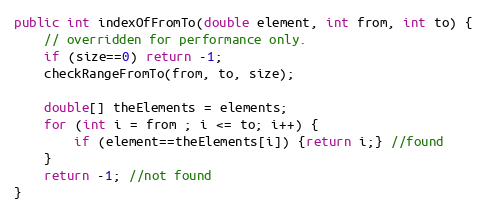
Language: Java
public int indexOfFromTo(double element, int from, int to) {
	// overridden for performance only.
	if (size==0) return -1;
	checkRangeFromTo(from, to, size);

	double[] theElements = elements;
	for (int i = from ; i <= to; i++) {
	    if (element==theElements[i]) {return i;} //found
	}
	return -1; //not found
}